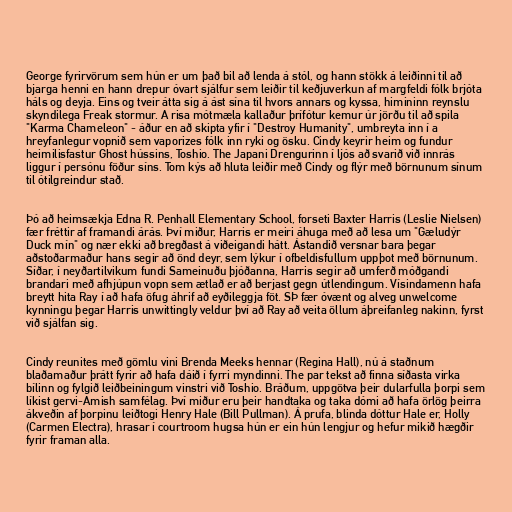
George fyrirvörum sem hún er um það bil að lenda á stól, og hann stökk á leiðinni til að
bjarga henni en hann drepur óvart sjálfur sem leiðir til keðjuverkun af margfeldi fólk brjóta
háls og deyja. Eins og tveir átta sig á ást sína til hvors annars og kyssa, himininn reynslu
skyndilega Freak stormur. A risa mótmæla kallaður þrífótur kemur úr jörðu til að spila
"Karma Chameleon" - áður en að skipta yfir í "Destroy Humanity", umbreyta inn í a
hreyfanlegur vopnið ​​sem vaporizes fólk inn ryki og ösku. Cindy keyrir heim og fundur
heimilisfastur Ghost hússins, Toshio. The Japani Drengurinn í ljós að svarið við innrás
liggur í persónu föður síns. Tom kýs að hluta leiðir með Cindy og flýr með börnunum sínum
til ótilgreindur stað.

Þó að heimsækja Edna R. Penhall Elementary School, forseti Baxter Harris (Leslie Nielsen)
fær fréttir af framandi árás. Því miður, Harris er meiri áhuga með að lesa um "Gæludýr
Duck mín" og nær ekki að bregðast á viðeigandi hátt. Ástandið versnar bara þegar
aðstoðarmaður hans segir að önd deyr, sem lýkur í ofbeldisfullum uppþot með börnunum.
Síðar, í neyðartilvikum fundi Sameinuðu þjóðanna, Harris segir að umferð móðgandi
brandari með afhjúpun vopn sem ætlað er að berjast gegn útlendingum. Vísindamenn hafa
breytt hita Ray í að hafa öfug áhrif að eyðileggja föt. SÞ fær óvænt og alveg unwelcome
kynningu þegar Harris unwittingly veldur því að Ray að veita öllum áþreifanleg nakinn, fyrst
við sjálfan sig.

Cindy reunites með gömlu vini Brenda Meeks hennar (Regina Hall), nú á staðnum
blaðamaður þrátt fyrir að hafa dáið í fyrri myndinni. The par tekst að finna síðasta virka
bílinn og fylgið leiðbeiningum vinstri við Toshio. Bráðum, uppgötva þeir dularfulla þorpi sem
líkist gervi-Amish samfélag. Því miður eru þeir handtaka og taka dómi að hafa örlög þeirra
ákveðin af þorpinu leiðtogi Henry Hale (Bill Pullman). Á prufa, blinda dóttur Hale er, Holly
(Carmen Electra), hrasar í courtroom hugsa hún er ein hún lengjur og hefur mikið hægðir
fyrir framan alla.